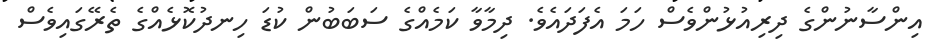
އިންސާނުންގެ ދިރިއުޅުންވެސް ހަމަ އެފަދައެވެ. ދިމާވާ ކަމެއްގެ ސަބަބުން ކުޑަ ހިނދުކޮޅެއްގެ ތެރޭގައިވެސް